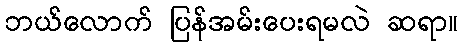
ဘယ်လောက် ပြန်အမ်းပေးရမလဲ ဆရာ။